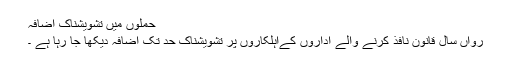
حملوں میں تشویشناک اضافہ
رواں سال قانون نافذ کرنے والے اداروں کےاہلکاروں پر تشویشناک حد تک اضافہ دیکھا جا رہا ہے ۔